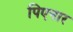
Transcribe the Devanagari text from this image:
पिएनार